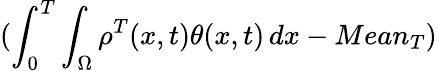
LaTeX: (\int_{0}^{T}\int_{\Omega}\rho^{T}(x,t)\theta(x,t)\, dx-Mean_{T})